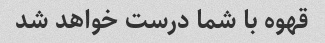
قهوه با شما درست خواهد شد